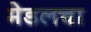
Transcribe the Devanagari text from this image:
मेडलचा